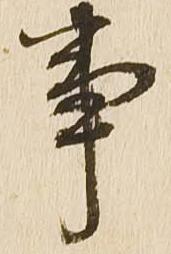
事